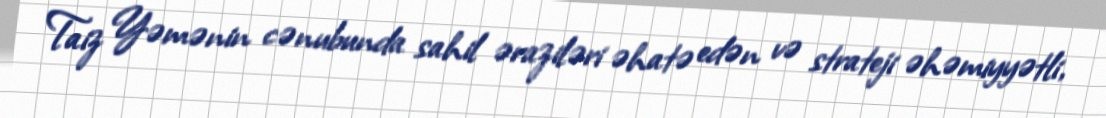
Taiz Yəmənin cənubunda sahil əraziləri əhatə edən və strateji əhəmiyyətli,